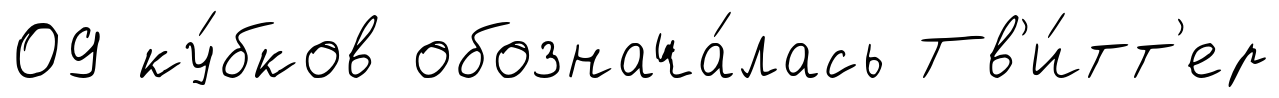
09 ку́бков обознача́лась Тв'и́тт'ер